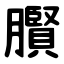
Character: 臔